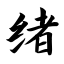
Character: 绪